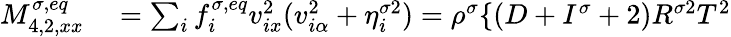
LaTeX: \begin{array}{r}{\begin{array}{rl}{M_{4,2,xx}^{\sigma,eq}}&{{}=\sum_{i}f_{i}^{\sigma,eq}v_{ix}^{2}(v_{i\alpha}^{2}+\eta_{i}^{\sigma 2})=\rho^{\sigma}\{ (D+I^{\sigma}+2)R^{\sigma 2}T^{2}}\end{array}}\end{array}